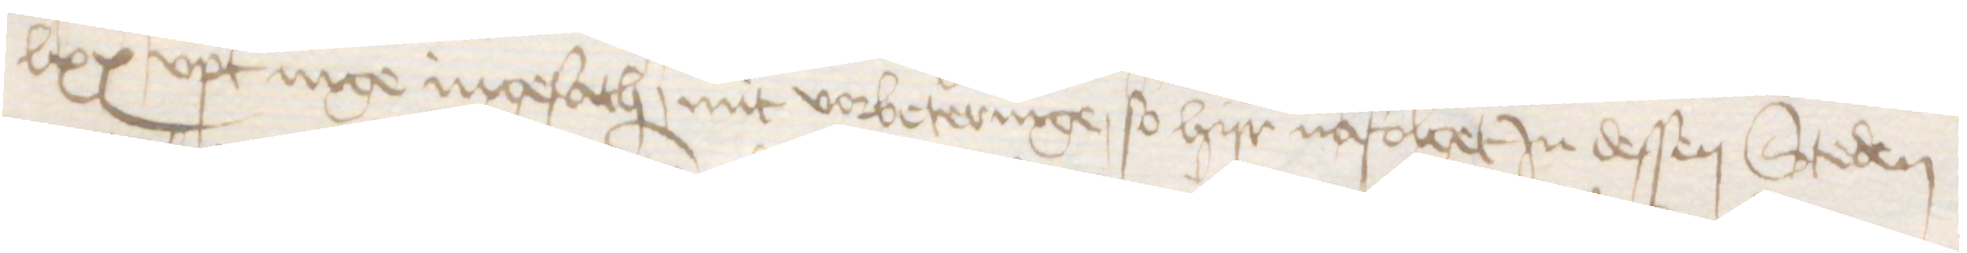
lxx upt nige ingesath, mit vorbeteringe, so hijr nafolget in dessen Steden